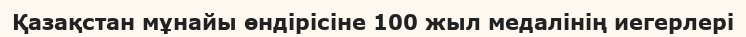
Қазақстан мұнайы өндірісіне 100 жыл медалінің иегерлері